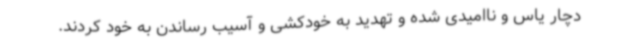
دچار یاس و ناامیدی شده و تهدید به خودکشی و آسیب رساندن به خود کردند.